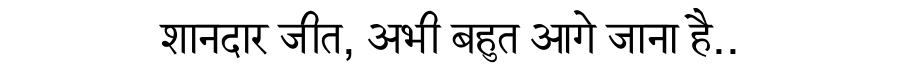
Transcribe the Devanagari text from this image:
शानदार जीत, अभी बहुत आगे जाना है..